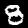
Digit: 8